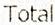
TOTAL